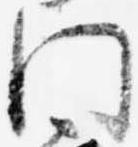
門